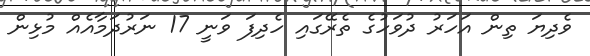
ވެދިޔަ ތިން އަހަރު ދުވަހުގެ ތެރޭގައި ހެދިފަ ވަނީ 17 ނަރުދަމާއެއް މުޅިން